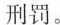
刑罚。